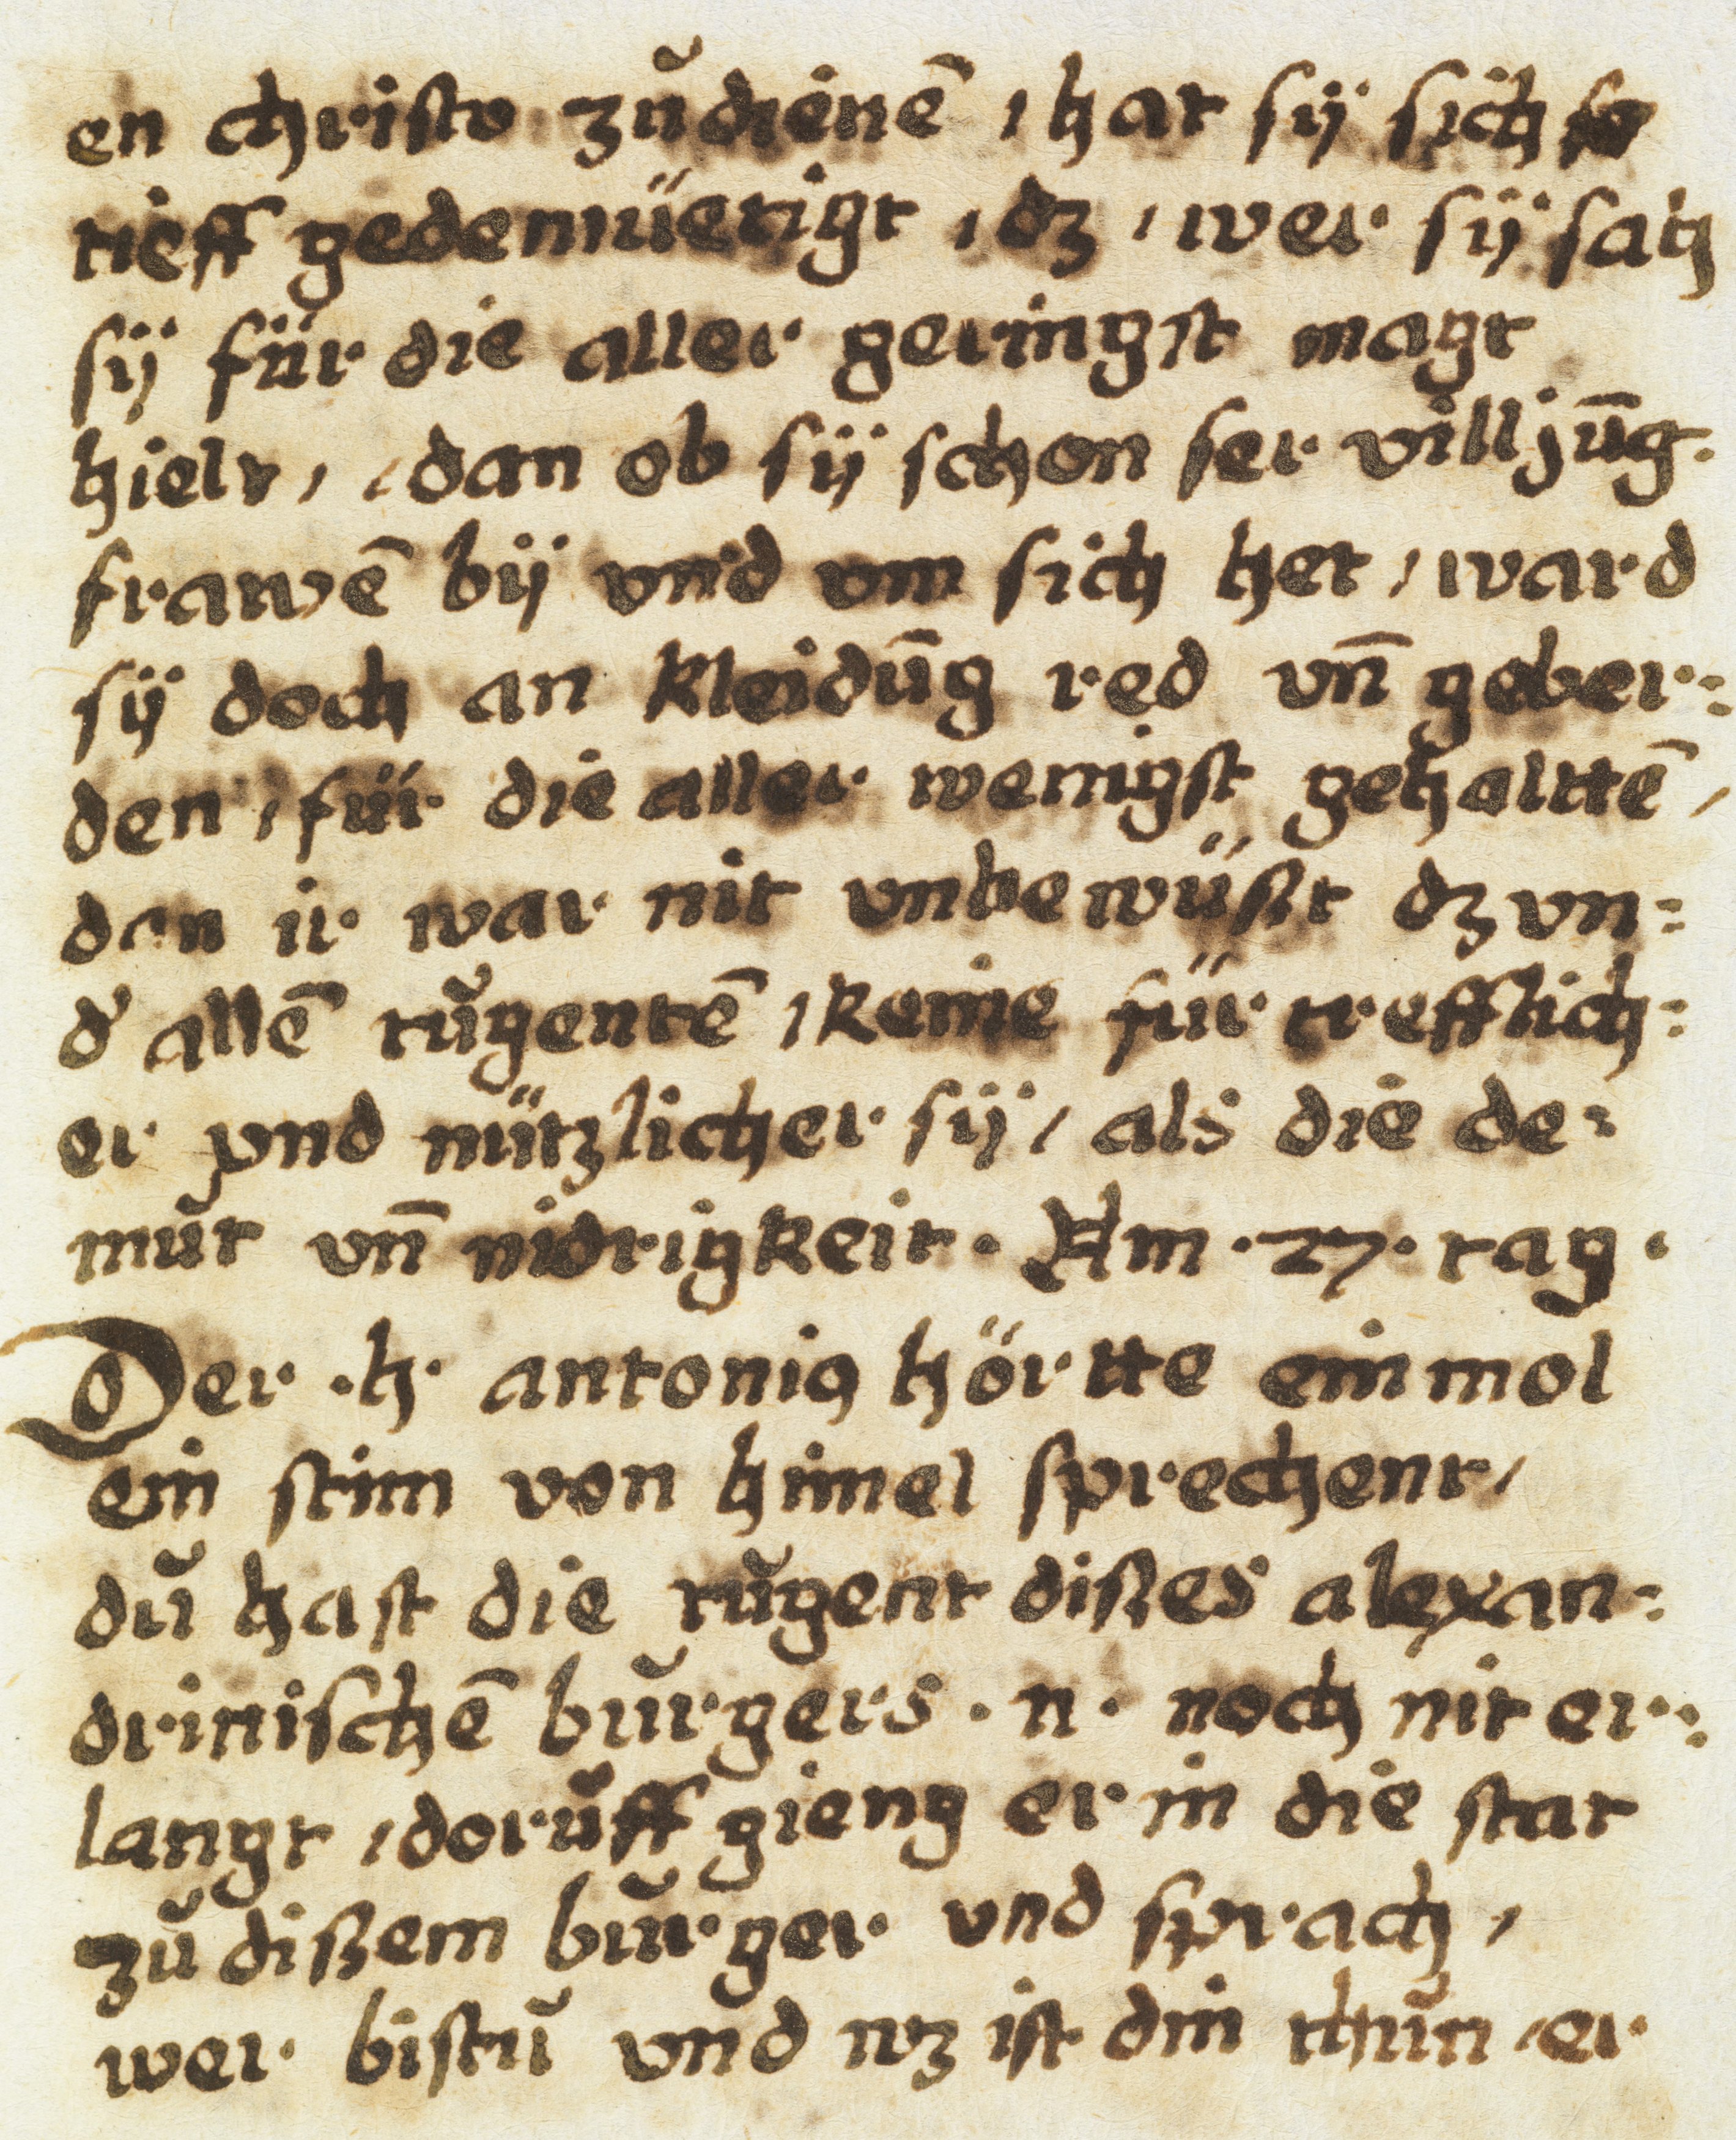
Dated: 1605–1635